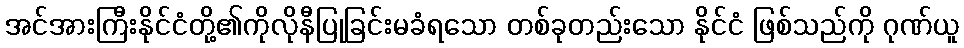
အင်အားကြီးနိုင်ငံတို့၏ကိုလိုနီပြုခြင်းမခံရသော တစ်ခုတည်းသော နိုင်ငံ ဖြစ်သည်ကို ဂုဏ်ယူ